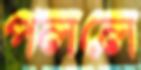
পললে